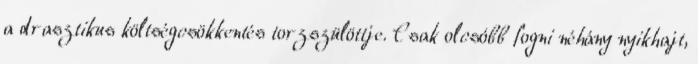
a drasztikus költségcsökkentés torzszülöttje. Csak olcsóbb fogni néhány nyikhajt,